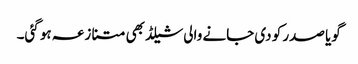
گویا صدر کو دی جانے والی شیلڈ بھی متنازعہ ہو گئی۔